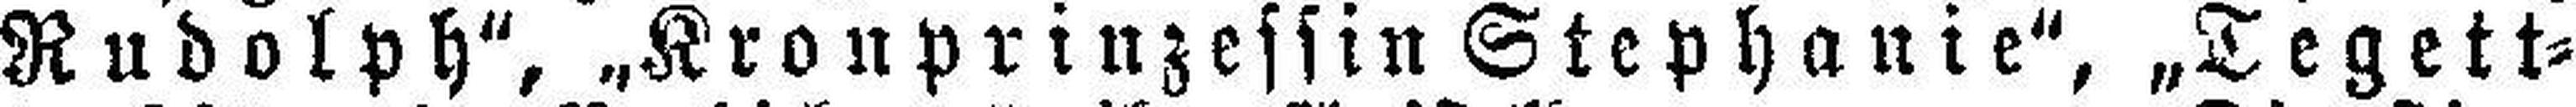
Rudolph“, „Kronprinzessin Stephanie“, „Tegett¬